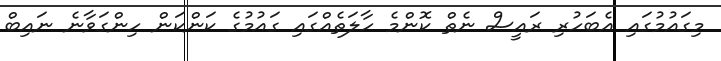
މިގައުމުގައި އެބަހުރި ރައީސް ނެތް ކޮންމެ ހާލަތެއްގައި ގައުމުގެ ކަންކަން ހިންގަވާނެ ނައިބް